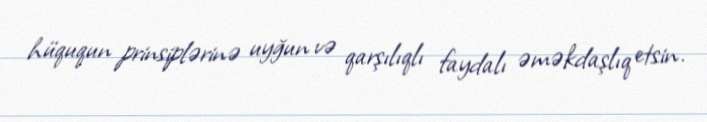
hüququn prinsiplərinə uyğun və qarşılıqlı faydalı əməkdaşlıq etsin.